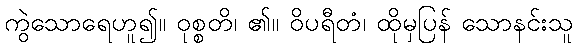
ကွဲသောရေဟူ၍။ ဝုစ္စတိ၊ ၏။ ဝိပရီတံ၊ ထိုမှပြန် သောနင်းသူ